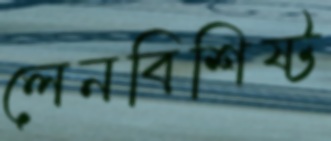
লেনবিশিষ্ট